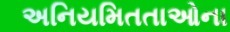
અનિયમિતતાઓના